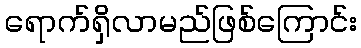
ရောက်ရှိလာမည်ဖြစ်ကြောင်း